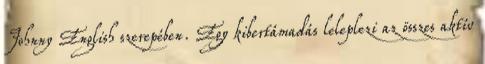
Johnny English szerepében. Egy kibertámadás leleplezi az összes aktív